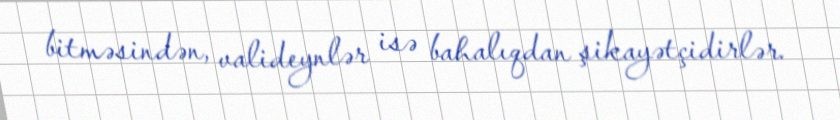
bitməsindən, valideynlər isə bahalıqdan şikayətçidirlər.